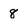
Character: 8